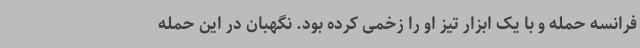
فرانسه حمله و با یک ابزار تیز او را زخمی کرده بود. نگهبان در این حمله